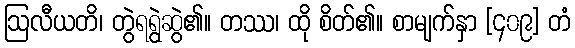
ဩလီယတိ၊ တွဲရရွဲဆွဲ၏။ တဿ၊ ထို စိတ်၏။ စာမျက်နှာ [၄၀၉] တံ